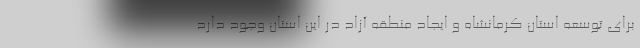
برای توسعه استان کرمانشاه و ایجاد منطقه آزاد در این استان وجود دارد